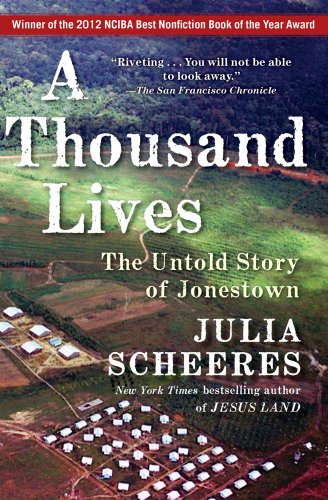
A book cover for A Thousand Lives: The Untold Story of Jonestown; Julia Scheeres; Self-Help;